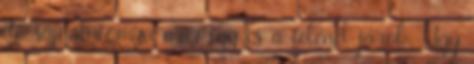
de sajnálatomra már így is a felénél járok. Úgy